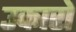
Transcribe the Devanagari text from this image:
उकारो